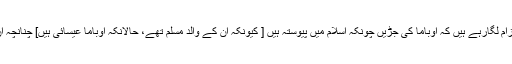
اس واقعہ پر رنجیدہ افراد اپنا غصہ صدر اوباما پر بھی نکال رہے ہیں، اور یہ الزام لگارہے ہیں کہ اوباما کی جڑیں چونکہ اسلام میں پیوستہ ہیں [ کیونکہ ان کے والد مسلم تھے، حالانکہ اوباما عیسائی ہیں] چنانچہ ان کا روّیہ اسلام کے ساتھ ہمدردانہ ہے، اور حالیہ واقعہ اسی نرمی کا نتیجہ ہے۔